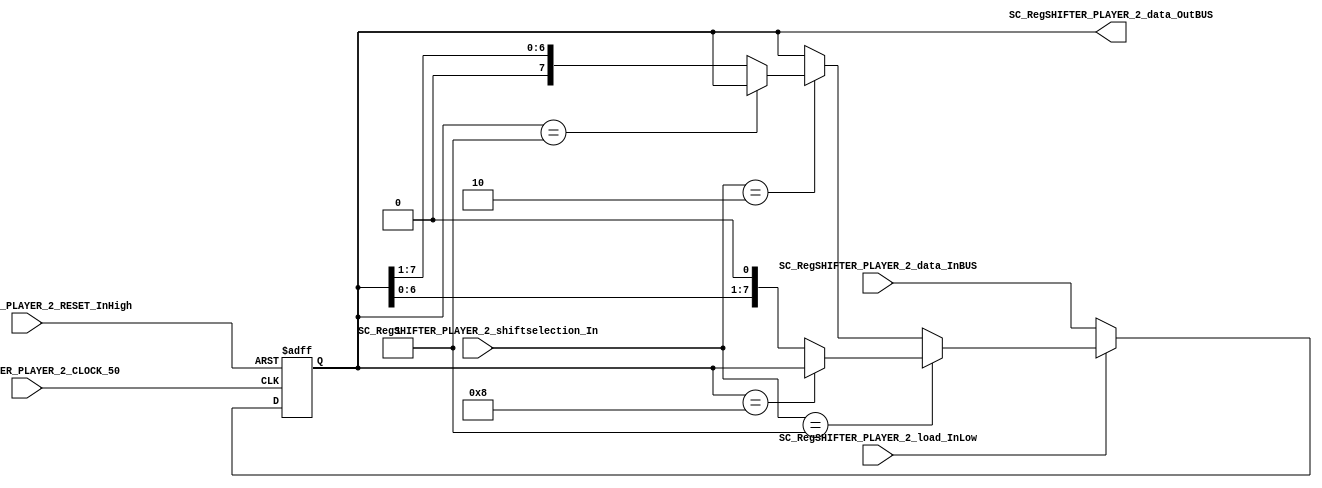
/*######################################################################
//#	G0B1T: HDL EXAMPLES. 2018.
//######################################################################
//# Copyright (C) 2018. F.E.Segura-Quijano (FES) fsegura@uniandes.edu.co
//# 
//# This program is free software: you can redistribute it and/or modify
//# it under the terms of the GNU General Public License as published by
//# the Free Software Foundation, version 3 of the License.
//#
//# This program is distributed in the hope that it will be useful,
//# but WITHOUT ANY WARRANTY; without even the implied warranty of
//# MERCHANTABILITY or FITNESS FOR A PARTICULAR PURPOSE.  See the
//# GNU General Public License for more details.
//#
//# You should have received a copy of the GNU General Public License
//# along with this program.  If not, see <http://www.gnu.org/licenses/>
//####################################################################*/
//=======================================================
//  MODULE Definition
//=======================================================
module SC_RegSHIFTER_PLAYER_2 #(parameter RegSHIFTER_DATAWIDTH=8)(
	//////////// OUTPUTS //////////
	SC_RegSHIFTER_PLAYER_2_data_OutBUS,
	//////////// INPUTS //////////
	SC_RegSHIFTER_PLAYER_2_CLOCK_50,
	SC_RegSHIFTER_PLAYER_2_RESET_InHigh,
	SC_RegSHIFTER_PLAYER_2_load_InLow, 
	SC_RegSHIFTER_PLAYER_2_shiftselection_In,
	SC_RegSHIFTER_PLAYER_2_data_InBUS	
);
//=======================================================
//  PARAMETER declarations
//=======================================================

//=======================================================
//  PORT declarations
//=======================================================
output		[RegSHIFTER_DATAWIDTH-1:0]	SC_RegSHIFTER_PLAYER_2_data_OutBUS;
input			SC_RegSHIFTER_PLAYER_2_CLOCK_50;
input			SC_RegSHIFTER_PLAYER_2_RESET_InHigh;
input			SC_RegSHIFTER_PLAYER_2_load_InLow;	
input			[1:0] SC_RegSHIFTER_PLAYER_2_shiftselection_In;
input			[RegSHIFTER_DATAWIDTH-1:0]	SC_RegSHIFTER_PLAYER_2_data_InBUS;

//=======================================================
//  REG/WIRE declarations
//=======================================================
reg [RegSHIFTER_DATAWIDTH-1:0] RegSHIFTER_Register;
reg [RegSHIFTER_DATAWIDTH-1:0] RegSHIFTER_Signal;
//=======================================================
//  Structural coding
//=======================================================
//INPUT LOGIC: COMBINATIONAL
always @(*)
begin

	if (SC_RegSHIFTER_PLAYER_2_load_InLow == 1'b0)
		RegSHIFTER_Signal = SC_RegSHIFTER_PLAYER_2_data_InBUS;
		
	else if (SC_RegSHIFTER_PLAYER_2_shiftselection_In == 2'b01) begin
		if(RegSHIFTER_Register == 8'b00001000)
			RegSHIFTER_Signal = RegSHIFTER_Register;  
		else 
			RegSHIFTER_Signal = RegSHIFTER_Register << 1'b1;  		
	end	
		
	else if (SC_RegSHIFTER_PLAYER_2_shiftselection_In== 2'b10) begin 
		if(RegSHIFTER_Register == 8'b00000001)
			RegSHIFTER_Signal = RegSHIFTER_Register;  
		else 
		RegSHIFTER_Signal = RegSHIFTER_Register >> 1'b1;   
	end
	else
		RegSHIFTER_Signal = RegSHIFTER_Register;
end	
	
//STATE REGISTER: SEQUENTIAL
always @(posedge SC_RegSHIFTER_PLAYER_2_CLOCK_50, posedge SC_RegSHIFTER_PLAYER_2_RESET_InHigh)
begin
	if (SC_RegSHIFTER_PLAYER_2_RESET_InHigh == 1'b1)
		RegSHIFTER_Register <= 0;
	else
		RegSHIFTER_Register <= RegSHIFTER_Signal;
end
//=======================================================
//  Outputs
//=======================================================
//OUTPUT LOGIC: COMBINATIONAL
assign SC_RegSHIFTER_PLAYER_2_data_OutBUS = RegSHIFTER_Register;

endmodule